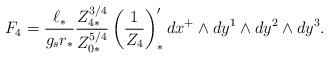
LaTeX: \begin{align*}F_{4}={\ell_{*}\over g_{s}r_{*}}{Z^{3/4}_{4*}\over Z^{5/4}_{0*}}\left( {1\over Z_{4}}\right)'_{*}dx^{+}\wedge dy^{1}\wedge dy^{2}\wedge dy^{3}.\end{align*}